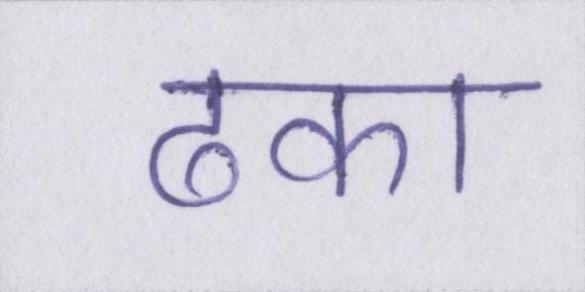
ढका